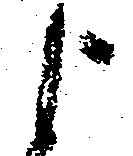
よ